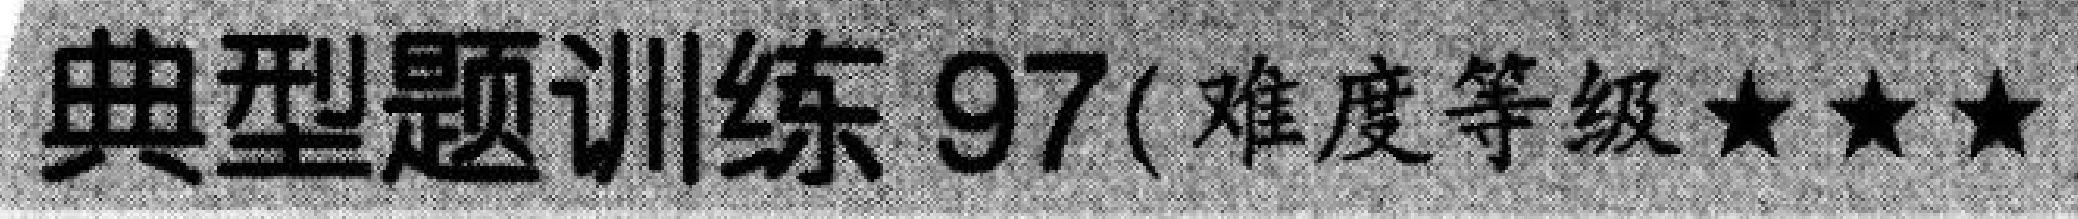
典型题训练 97( 难度等级★★★)